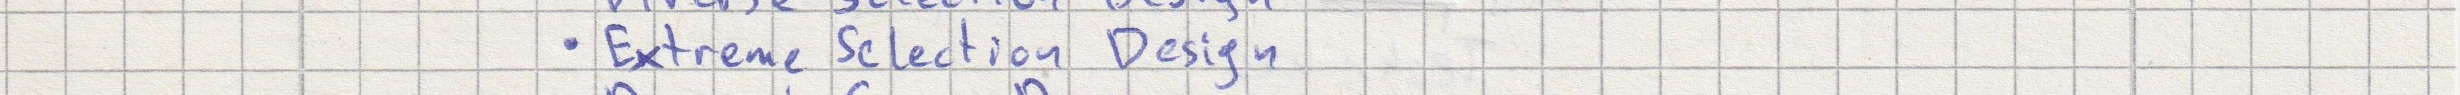
- Extreme Selection Design